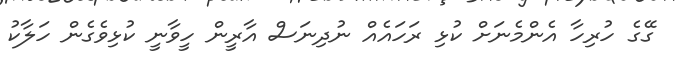
ގޭގެ ހުރިހާ އެންމެނަށް ކުޅި ރަހައެއް ނުދިނަސް އާރީން ހީވާނީ ކުޅިވެގެން ހަލާކު